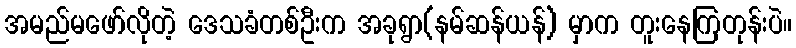
အမည်မဖော်လိုတဲ့ ဒေသခံတစ်ဦးက အခုရွာ(နမ်ဆန်ယန်) မှာက တူးနေကြတုန်းပဲ။